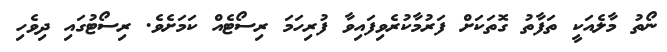
ނޯތު މާލެއަކީ ތަފާތު ގޮތަކަށް ފަރުމާކުރެވިފައިވާ ފުރިހަމަ ރިސޯޓެއް ކަމަށެވެ. ރިސޯޓުގައި ދިވެހި